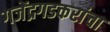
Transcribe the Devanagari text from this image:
गजेंद्रगडकरांचा